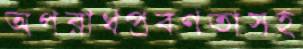
অপরাধপ্রবণতাসহ